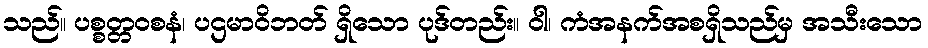
သည်။ ပစ္စတ္တဝစနံ၊ ပဌမာဝိဘတ် ရှိသော ပုဒ်တည်း။ ဝါ၊ ကံအနက်အစရှိသည်မှ အသီးသော